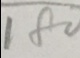
1 8 0